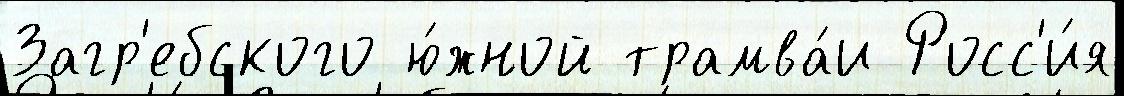
Загр'ебского ю́жной трамва́и Росс'и́я